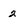
Character: 2